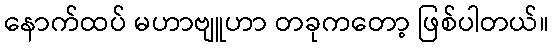
နောက်ထပ် မဟာဗျူဟာ တခုကတော့ ဖြစ်ပါတယ်။